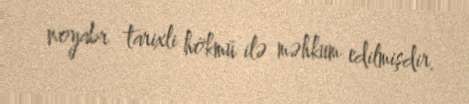
noyabr tarixli hökmü ilə məhkum edilmişdir.